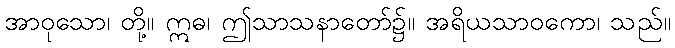
အာဝုသော၊ တို့။ ဣဓ၊ ဤသာသနာတော်၌။ အရိယသာဝကော၊ သည်။